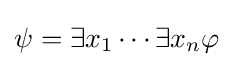
\psi =\exists x_{1}\cdots \exists x_{n}\varphi